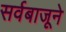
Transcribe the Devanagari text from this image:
सर्वबाजूने